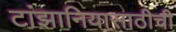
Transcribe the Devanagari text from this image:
टांझानियासाठीची